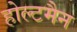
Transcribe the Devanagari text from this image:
होल्टमैन